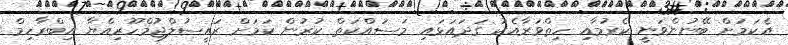
އެކަމަށް ބޭނުންވަނީ ކެރުމާއި ހިތްވަރާއެކު ގަދައަޅައި މަސައްކަތް ކުރުން ކަމަށް ރައީސުލްޖުމްހޫރިއްޔާ އިބްރާހިމް